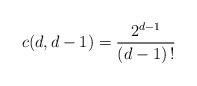
LaTeX: \begin{align*} c(d,d-1) = \frac{2^{d-1}}{(d-1)\,!}\end{align*}